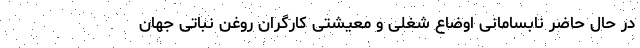
در حال حاضر نابسامانی اوضاع شغلی و معیشتی کارگران روغن نباتی جهان